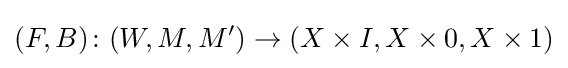
(F,B)\colon (W,M,M')\to (X\times I,X\times 0,X\times 1)